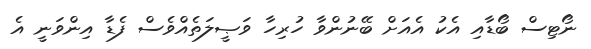
ނޯޓިސް ބޯޑާއި އެކު އެއަށް ބޭނުންވާ ހުރިހާ ވަޞީލަތެއްވެސް ފެޑާ އިންވަނީ އެ